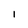
Character: 1